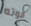
قوته